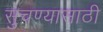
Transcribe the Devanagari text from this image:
सुचण्यासाठी